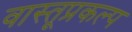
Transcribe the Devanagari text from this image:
वास्तूप्रकल्प